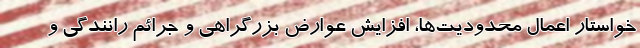
خواستار اعمال محدودیت‌ها، افزایش عوارض بزرگراهی و جرائم رانندگی و